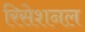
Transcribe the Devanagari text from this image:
रिसेशनल